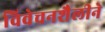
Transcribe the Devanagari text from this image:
विवेचनशैलीने